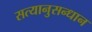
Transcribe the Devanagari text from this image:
सत्यानुसन्धान